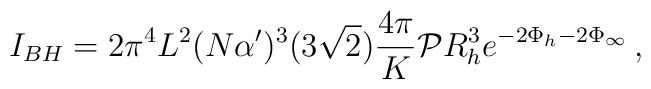
I_{BH} = 2 \pi^4 L^2 (N \alpha')^{3}(3\sqrt{2}) \frac{4 \pi}{K} {\cal P} R_h^3 e^{-2\Phi_h-2\Phi_\infty} \,,